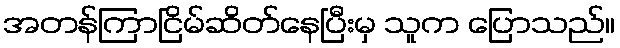
အတန်ကြာငြိမ်ဆိတ်နေပြီးမှ သူက ပြောသည်။